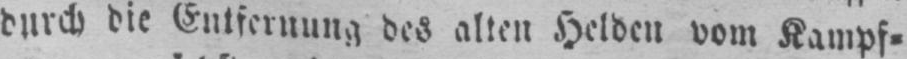
durch die Entfernung des alten Helden vom Kampf⸗